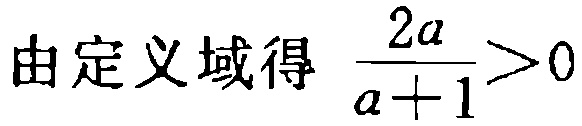
由定义域得 \(\frac{2a}{a + 1}>0\)